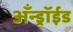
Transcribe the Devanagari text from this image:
अँन्ड्रॉईड